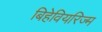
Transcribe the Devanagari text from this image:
बिहेवियरिज्म